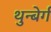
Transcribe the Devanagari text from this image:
थुन्बेर्ग